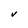
Character: V